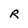
Character: R